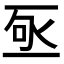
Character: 𬼿